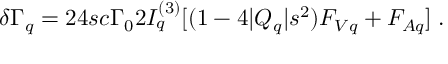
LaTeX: \delta \Gamma _ { q } = 2 4 s c \Gamma _ { 0 } 2 I _ { q } ^ { ( 3 ) } [ ( 1 - 4 | Q _ { q } | s ^ { 2 } ) F _ { V q } + F _ { A q } ] \; .